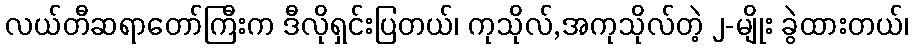
လယ်တီဆရာတော်ကြီးက ဒီလိုရှင်းပြတယ်၊ ကုသိုလ်,အကုသိုလ်တဲ့ ၂-မျိုး ခွဲထားတယ်၊